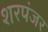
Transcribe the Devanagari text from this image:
शरपंजर